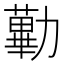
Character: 𠢽